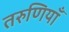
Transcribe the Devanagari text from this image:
तरुणियाँ